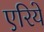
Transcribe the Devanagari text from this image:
एरिये